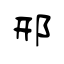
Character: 邢